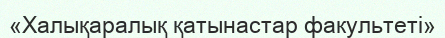
«Халықаралық қатынастар факультеті»